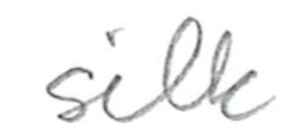
Text: silk
Cross-out: clean
Writing tool: pencil